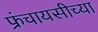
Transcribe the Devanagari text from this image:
फ्रंचायसीच्या